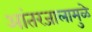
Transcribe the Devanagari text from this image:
आंतरजालामुळे